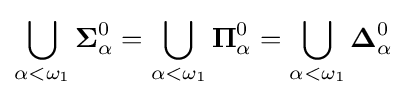
\bigcup _{\alpha <\omega _{1}}\mathbf {\Sigma } _{\alpha }^{0}=\bigcup _{\alpha <\omega _{1}}\mathbf {\Pi } _{\alpha }^{0}=\bigcup _{\alpha <\omega _{1}}\mathbf {\Delta } _{\alpha }^{0}